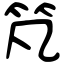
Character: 竼